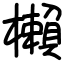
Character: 櫴